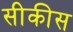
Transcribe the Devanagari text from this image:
सीकीस